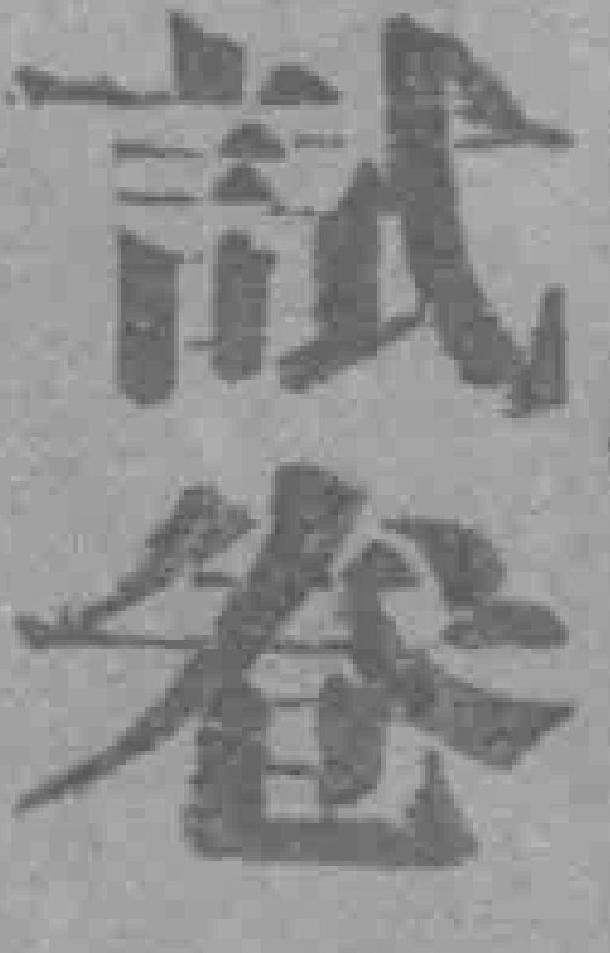
試卷